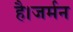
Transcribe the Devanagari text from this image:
है।जर्मन